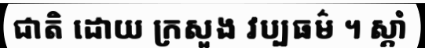
ជាតិ ដោយ ក្រសួង វប្បធម៌ ។ ស្តាំ